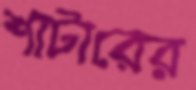
শাটারের